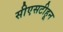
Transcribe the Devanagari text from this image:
सीएसटीहून